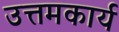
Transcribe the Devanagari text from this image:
उत्तमकार्य